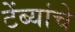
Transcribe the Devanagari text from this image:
टेंब्यांचे